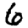
Digit: 6